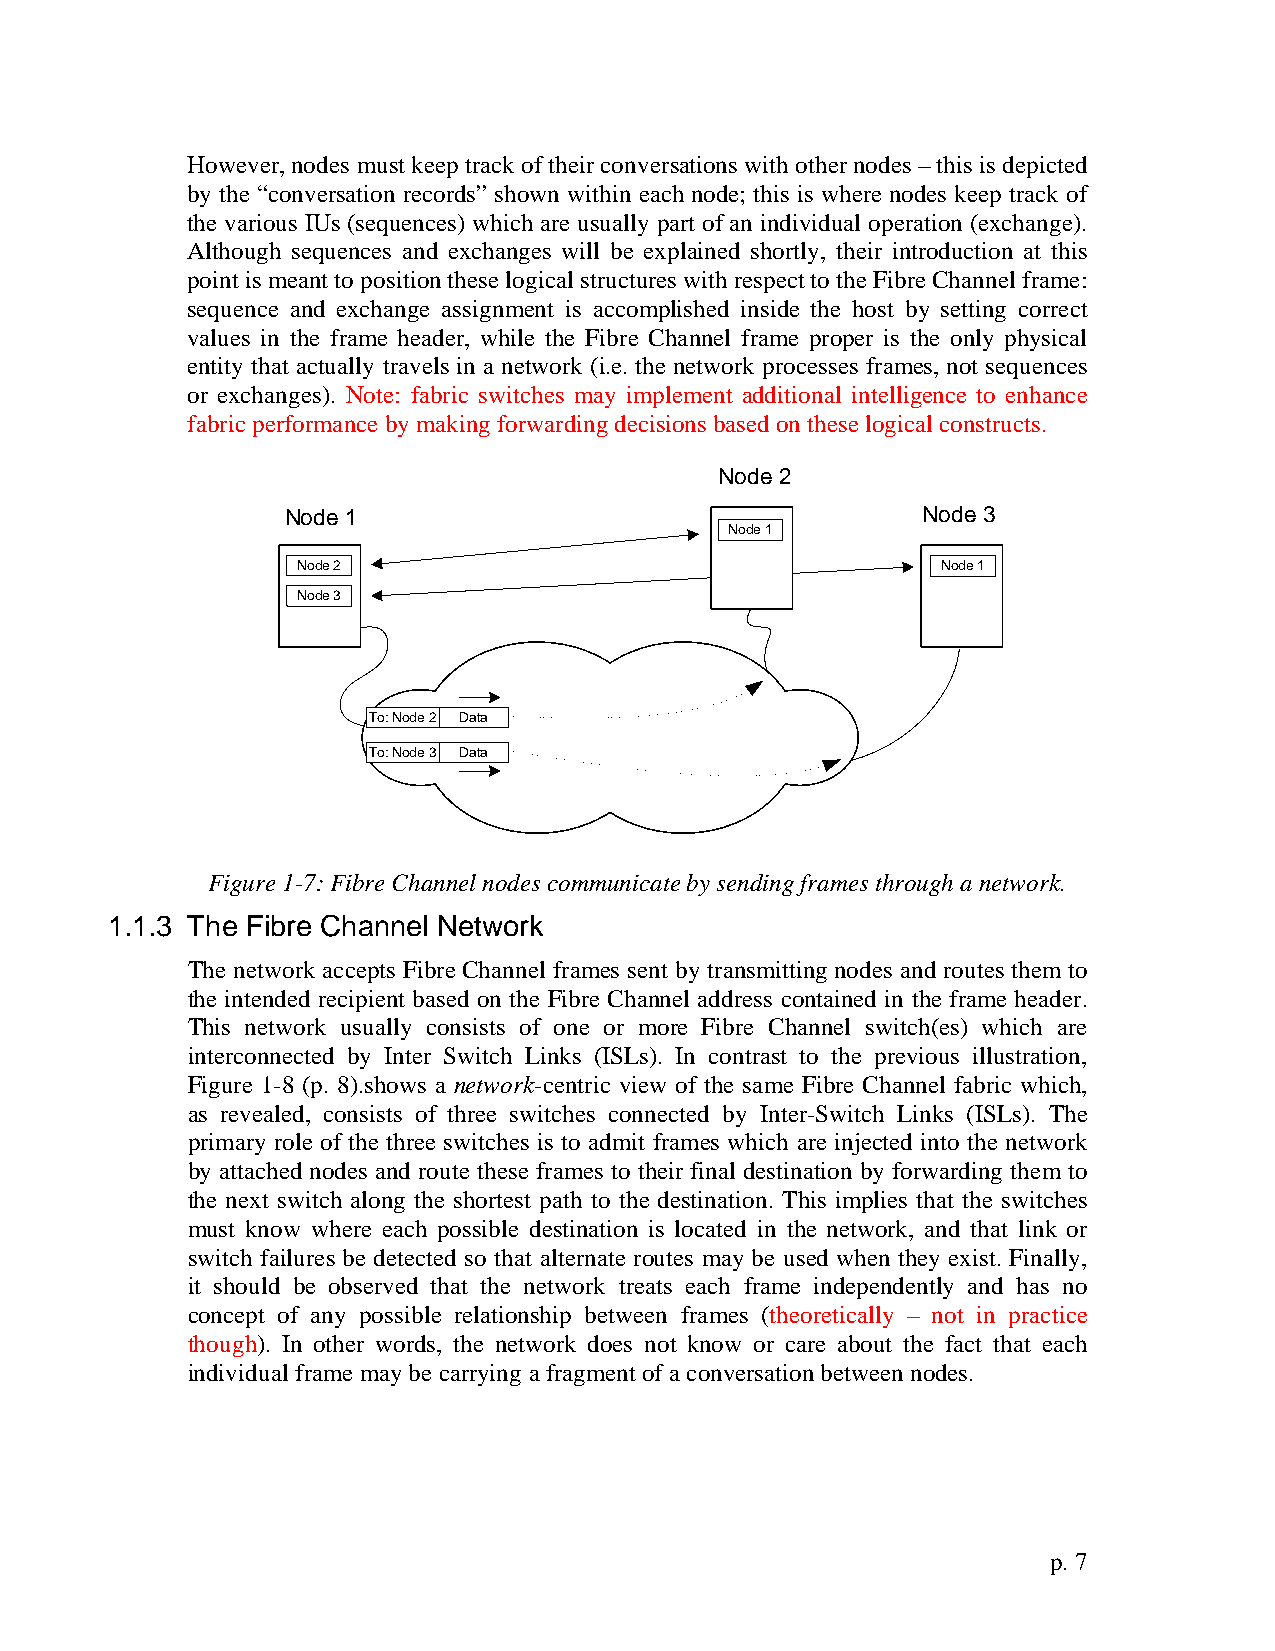
However, nodes must keep track of their conversations with other nodes – this is depicted
 by the “conversation records” shown within each node; this is where nodes keep track of
 the various IUs (sequences) which are usually part of an individual operation (exchange).
 Although sequences and exchanges will be explained shortly, their introduction at this
 point is meant to position these logical structures with respect to the Fibre Channel frame:
 sequence and exchange assignment is accomplished inside the host by setting correct
 values in the frame header, while the Fibre Channel frame proper is the only physical
 entity that actually travels in a network (i.e. the network processes frames, not sequences
 or exchanges). Note: fabric switches may implement additional intelligence to enhance
 fabric performance by making forwarding decisions based on these logical constructs.
 Node 2
 Node 1                                    Node 3
 Node 1
 Node 2                                    Node 1
 Node 3
 To: Node 2 DataSwitch A Switch C
 To: Node 3 Data
 Switch B
 Figure 1-7: Fibre Channel nodes communicate by sending frames through a network.
 1.1.3 The Fibre Channel Network
 The network accepts Fibre Channel frames sent by transmitting nodes and routes them to
 the intended recipient based on the Fibre Channel address contained in the frame header.
 This network usually consists of one or more Fibre Channel switch(es) which are
 interconnected by Inter Switch Links (ISLs). In contrast to the previous illustration,
 Figure 1-8 (p. 8).shows a network-centric view of the same Fibre Channel fabric which,
 as revealed, consists of three switches connected by Inter-Switch Links (ISLs). The
 primary role of the three switches is to admit frames which are injected into the network
 by attached nodes and route these frames to their final destination by forwarding them to
 the next switch along the shortest path to the destination. This implies that the switches
 must know where each possible destination is located in the network, and that link or
 switch failures be detected so that alternate routes may be used when they exist. Finally,
 it should be observed that the network treats each frame independently and has no
 concept of any possible relationship between frames (theoretically – not in practice
 though). In other words, the network does not know or care about the fact that each
 individual frame may be carrying a fragment of a conversation between nodes.
 p. 7